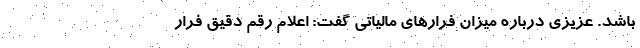
باشد. عزیزی درباره میزان فرارهای مالیاتی گفت: اعلام رقم دقیق فرار